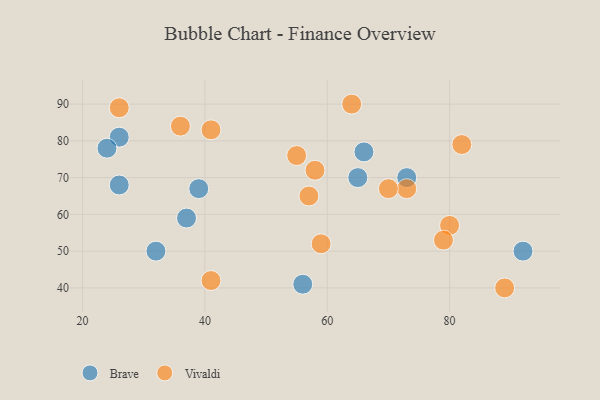
{"axis": {"x": "GDP", "y": "Life Expectancy"}, "legend": ["Brave", "Vivaldi"], "data": [{"x": "65", "y": 70, "type": "Brave"}, {"x": "26", "y": 81, "type": "Brave"}, {"x": "56", "y": 41, "type": "Brave"}, {"x": "73", "y": 70, "type": "Brave"}, {"x": "24", "y": 78, "type": "Brave"}, {"x": "92", "y": 50, "type": "Brave"}, {"x": "39", "y": 67, "type": "Brave"}, {"x": "26", "y": 68, "type": "Brave"}, {"x": "32", "y": 50, "type": "Brave"}, {"x": "37", "y": 59, "type": "Brave"}, {"x": "66", "y": 77, "type": "Brave"}, {"x": "73", "y": 67, "type": "Vivaldi"}, {"x": "57", "y": 65, "type": "Vivaldi"}, {"x": "64", "y": 90, "type": "Vivaldi"}, {"x": "80", "y": 57, "type": "Vivaldi"}, {"x": "89", "y": 40, "type": "Vivaldi"}, {"x": "41", "y": 83, "type": "Vivaldi"}, {"x": "55", "y": 76, "type": "Vivaldi"}, {"x": "70", "y": 67, "type": "Vivaldi"}, {"x": "59", "y": 52, "type": "Vivaldi"}, {"x": "36", "y": 84, "type": "Vivaldi"}, {"x": "58", "y": 72, "type": "Vivaldi"}, {"x": "82", "y": 79, "type": "Vivaldi"}, {"x": "79", "y": 53, "type": "Vivaldi"}, {"x": "41", "y": 42, "type": "Vivaldi"}, {"x": "26", "y": 89, "type": "Vivaldi"}]}